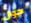
حول